Indian Medical Review
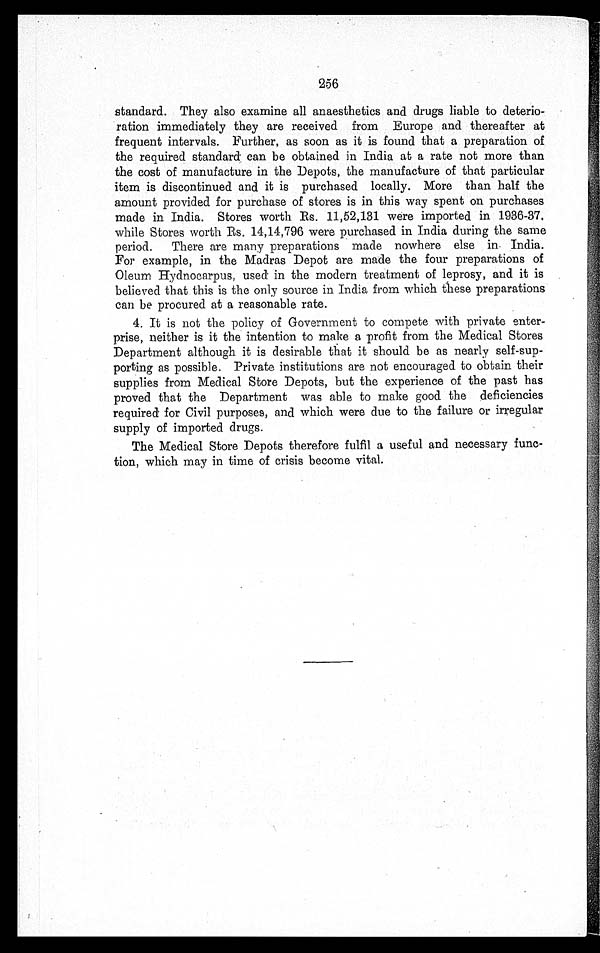
256
standard. They also examine all anaesthetics and drugs liable to deterio
-
ration immediately they are received from Europe and thereafter at
frequent intervals. Further, as soon as it is found that a preparation of
the required standard can be obtained in India at a rate not more than
the cost of manufacture in the Depots, the manufacture of that particular
item is discontinued and it is purchased locally. More than half the
amount provided for purchase of stores is in this way spent on purchases
made in India. Stores worth Rs. 11,52,131 were imported in 1936-37,
while Stores worth Rs. 14,14,796 were purchased in India during the same
period. There are many preparations made nowhere else in India.
For example, in the Madras Depot are made the four preparations of
Oleum Hydnocarpus, used in the modern treatment of leprosy, and it is
believed that this is the only source in India from which these preparations
can be procured at a reasonable rate.
4. It is not the policy of Government to compete with private enter
-
prise, neither is it the intention to make a profit from the Medical Stores
Department although it is desirable that it should be as nearly self-sup
-
porting as possible. Private institutions are not encouraged to obtain their
supplies from Medical Store Depots, but the experience of the past has
proved that the Department was able to make good the deficiencies
required for Civil purposes, and which were due to the failure or irregular
supply of imported drugs.
The Medical Store Depots therefore fulfil a useful and necessary func
-
tion, which may in time of crisis become vital.